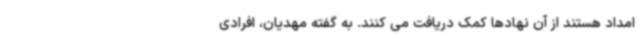
امداد هستند از آن نهادها کمک دریافت می کنند. به گفته مهدیان، افرادی